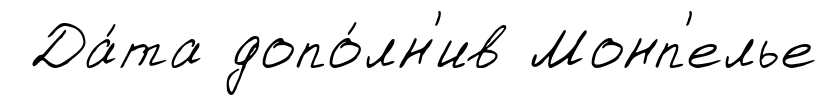
Да́та допо́лн'ив Монп'елье